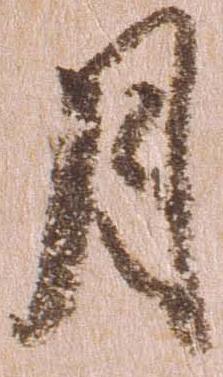
月